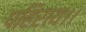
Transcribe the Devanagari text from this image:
पहिराय।।